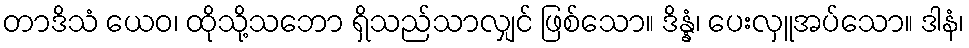
တာဒိသံ ယေဝ၊ ထိုသို့သဘော ရှိသည်သာလျှင် ဖြစ်သော။ ဒိန္နံ၊ ပေးလှူအပ်သော။ ဒါနံ၊